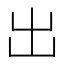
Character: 出